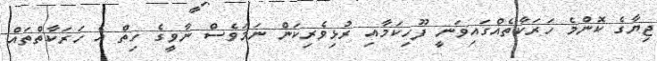
ޖިޔާގެ ކޮންމެ ހަރަކާތެއްގައިވަނީ ފޫހިކަމާއި ރުޅިވެރިކަން ނަމަވެސް ނާވީގެ ހިތް އެ ހަރަކާތްތައް